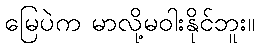
မြေပဲက မာလို့မဝါးနိုင်ဘူး။